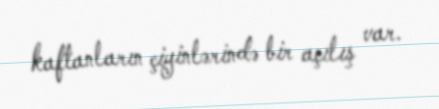
kaftanların çiyinlərində bir açılış var.